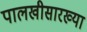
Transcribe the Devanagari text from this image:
पालखीसारख्या